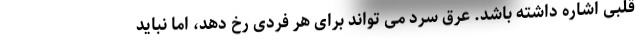
قلبی اشاره داشته باشد. عرق سرد می تواند برای هر فردی رخ دهد، اما نباید